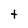
Character: t